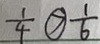
\frac { 1 } { 4 } \textcircled { > } \frac { 1 } { 6 }